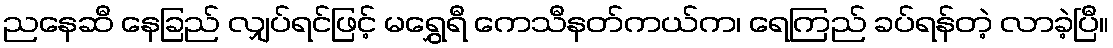
ညနေဆီ နေခြည် လျှပ်ရင်ဖြင့် မရွှေရီ ကေသီနတ်ကယ်က၊ ရေကြည် ခပ်ရန်တဲ့ လာခဲ့ပြီ။